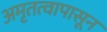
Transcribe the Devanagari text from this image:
अमृतत्वापासून